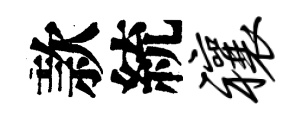
款統禳